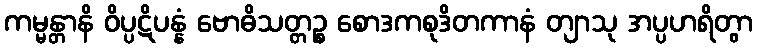
ကမ္မန္တာနိ ဝိပ္ပဋိပန္နံ ဗောဓိသတ္တဉ္စ စောဒကစုဒိတကာနံ တျာသု အပ္ပဟရိတွာ